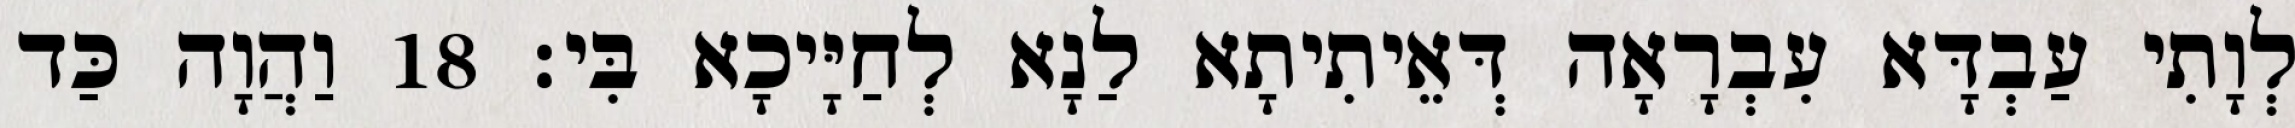
לְוָתִי עַבְדָּא עִבְרָאָה דְּאֵיתִיתָא לַנָא לְחַיָּיכָא בִּי׃ 18 וַהֲוָה כַּד